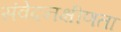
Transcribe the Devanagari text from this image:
संवेदनक्षीणता